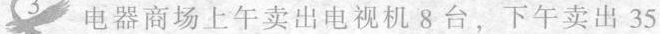
3、电器商场上午卖出电视机8台，下午卖出35